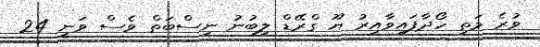
ވުރެ މަތި ހޯދާފައިވާއިރު ޔޫ ގްރޭޑް ލިބުނު ނިސްބަތް ވެސް ވަނީ 24